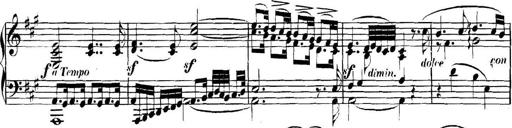
Title: Collected Piano Sonatas
Composer: Muzio Clementi